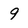
Character: 9